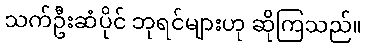
သက်ဦးဆံပိုင် ဘုရင်များဟု ဆိုကြသည်။